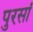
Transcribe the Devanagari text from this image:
पुरसां